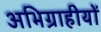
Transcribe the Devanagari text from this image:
अभिग्राहीयों